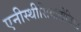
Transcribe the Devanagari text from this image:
एनीस्थीसियोलोजिस्ट